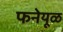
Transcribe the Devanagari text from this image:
फनेयूळ